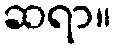
ဆရာ။